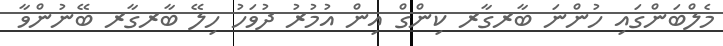
މެލްބަންގައި ހުންނަ ބާރގާރ ކިންގް އިން އުމުރު ދުވަހު ހިލޭ ބާރގާރ ބޭނުންވާ